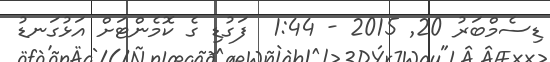
ޑިސެމްބަރު 20